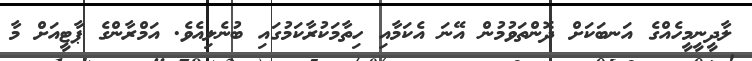
ލާދީނީމީހެއްގެ އަނބަކަށް ދޮންތަވުމުން އޭނަ އެކަމާއި ހިތާމަކުރާކަމުގައި ބުނެލިއެވެ. އަމްރާންގެ ޕާޓީއަށް މާ